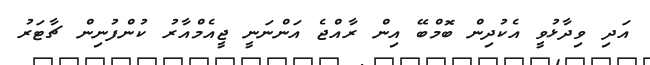
އަދި ވިދާޅުވީ އެކުދިން ބޮމްބޭ އިން ރާއްޖެ އަންނަނީ ޖީއެމްއާރު ކުންފުނިން ޗާޓަރު